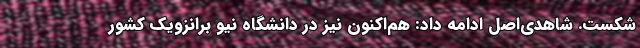
شکست. شاهدی‌اصل ادامه داد: هم‌اکنون نیز در دانشگاه نیو برانزویک کشور